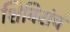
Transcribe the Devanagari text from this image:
शिबिरांचं